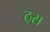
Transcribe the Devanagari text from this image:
ठ्स